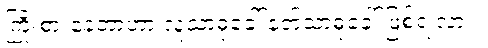
ကြိုးစားနေတာဟာ လူသာဓုခေါ် နတ်သာဓုခေါ် ဖြစ်ရဲ့လား။